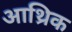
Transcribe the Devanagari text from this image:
आथ्रिक